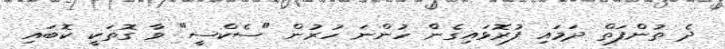
ދެ ތުންފަތް ދަމައި ފުރޮޅައިގެން ހުންނަ ހުރުން "ސެކްސީ" ވާ ގޮތަކީ ކޮބައި